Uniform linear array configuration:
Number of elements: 32
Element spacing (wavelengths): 1
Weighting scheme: binomial
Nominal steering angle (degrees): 15
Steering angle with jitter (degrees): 15.551
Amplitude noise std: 0.05
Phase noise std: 0.05

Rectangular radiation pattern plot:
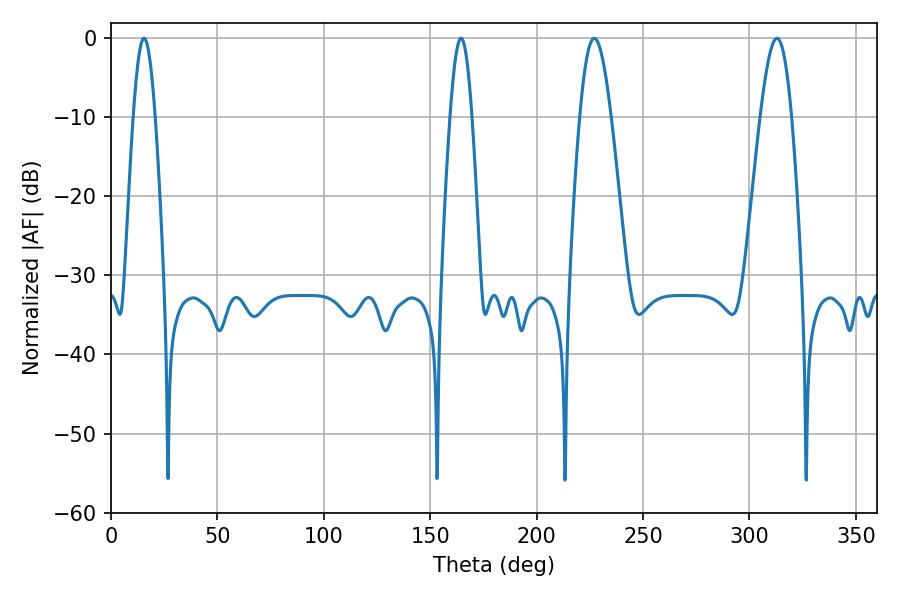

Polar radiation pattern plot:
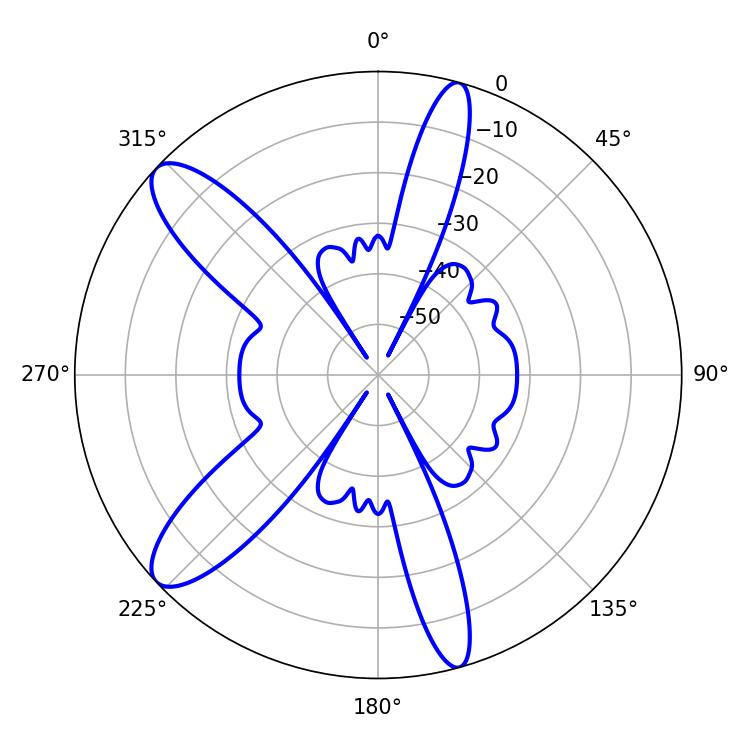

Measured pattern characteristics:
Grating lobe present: TRUE
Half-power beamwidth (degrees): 5.58
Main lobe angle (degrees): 15.48